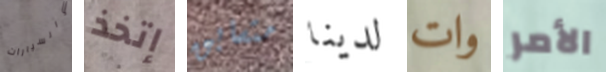
والسيارات إتخذ متسابق لدينا وات الأمر